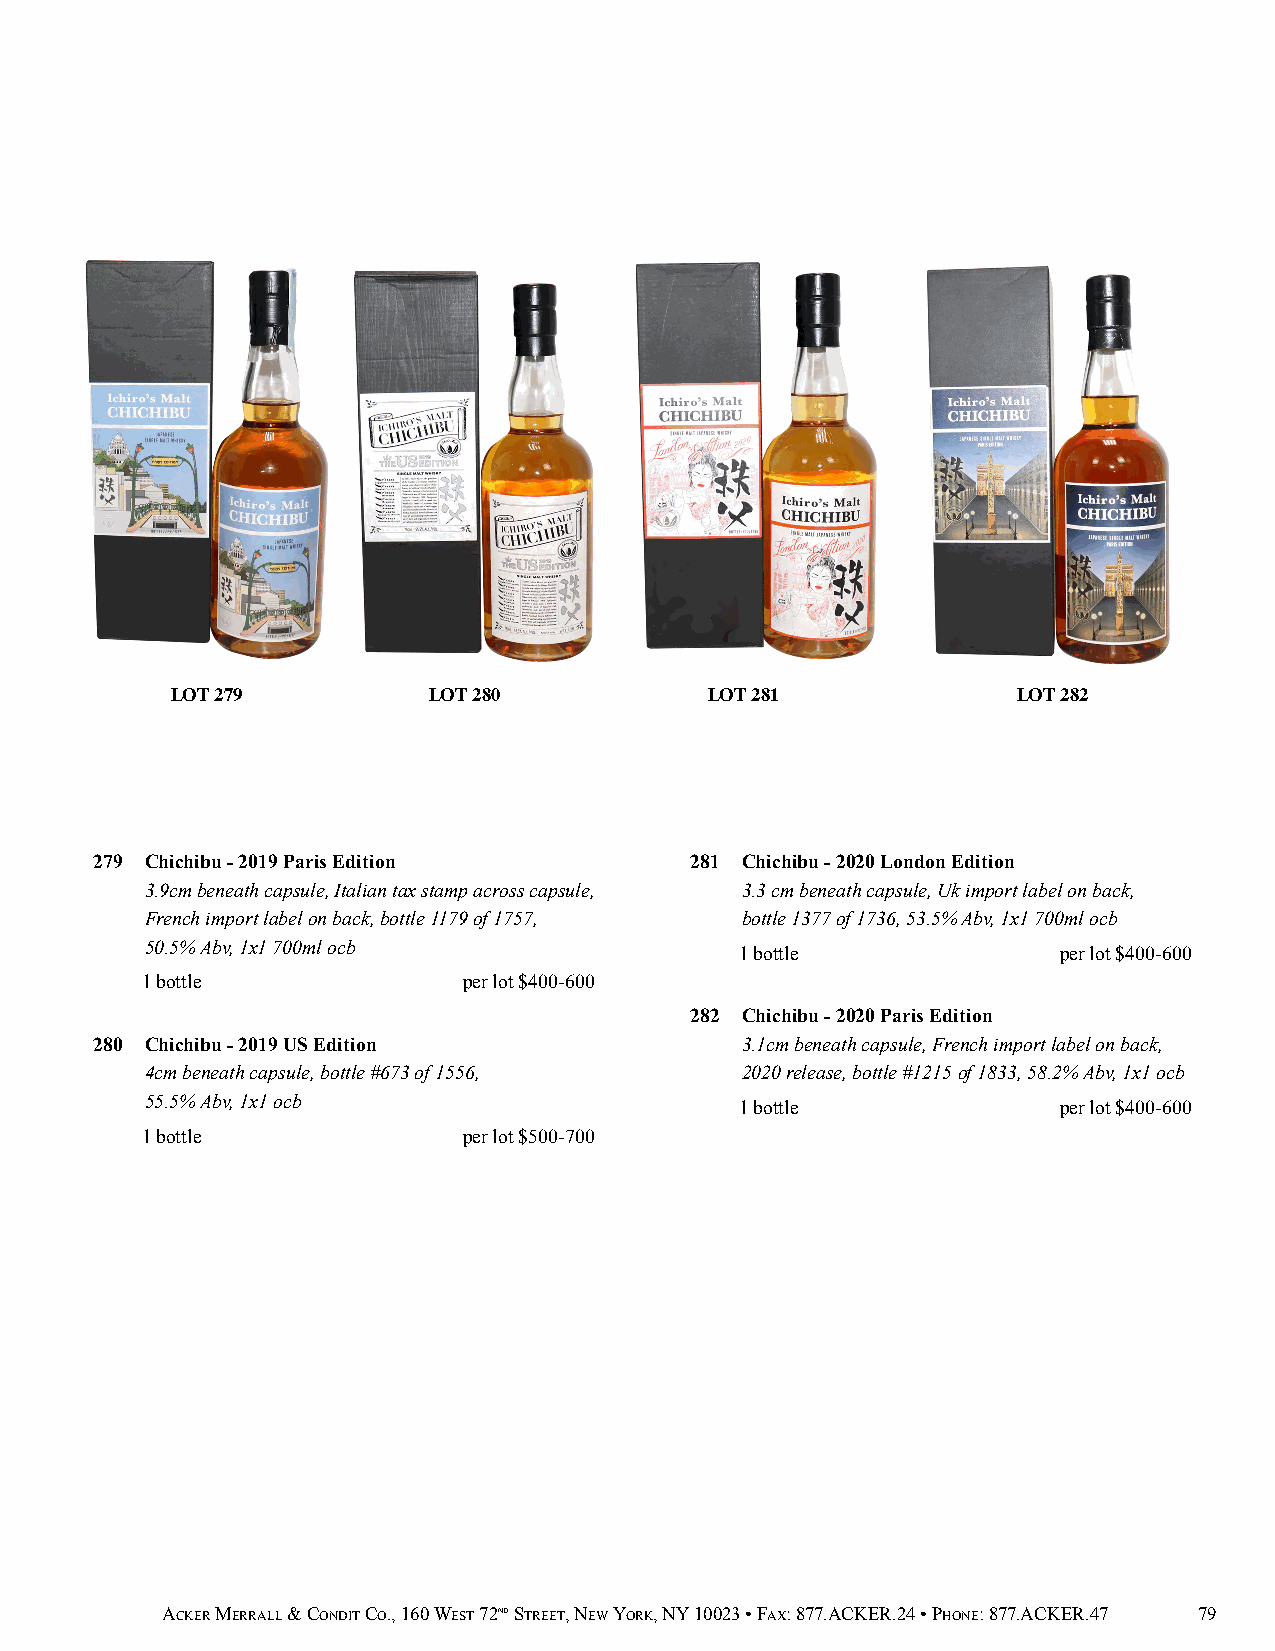
LOT 279          LOT 280            LOT 281             LOT 282
 279 Chichibu - 2019 Paris Edition       281 Chichibu - 2020 London Edition
 3.9cm beneath capsule, Italian tax stamp across capsule, 3.3 cm beneath capsule, Uk import label on back,
 French import label on back, bottle 1179 of 1757, bottle 1377 of 1736, 53.5% Abv, 1x1 700ml ocb
 50.5% Abv, 1x1 700ml ocb               1 bottle             per lot $400-600
 1 bottle              per lot $400-600
 282 Chichibu - 2020 Paris Edition
 280 Chichibu - 2019 US Edition             3.1cm beneath capsule, French import label on back,
 4cm beneath capsule, bottle #673 of 1556, 2020 release, bottle #1215 of 1833, 58.2% Abv, 1x1 ocb
 55.5% Abv, 1x1 ocb                     1 bottle             per lot $400-600
 1 bottle              per lot $500-700
 ACKER MERRALL & CONDIT CO., 160 WEST 72ND STREET, NEW YORK, NY 10023 • FAX: 877.ACKER.24 • PHONE: 877.ACKER.47 79